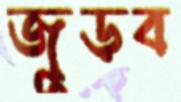
জুড়ব